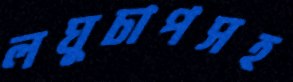
লঘুচাপসহ